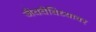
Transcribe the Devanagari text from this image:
जैववैविध्यावर